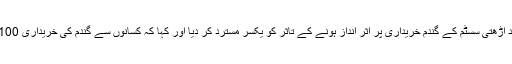
انہوں نے ٹائوٹ مافیا اور نام نہاد آڑھتی سسٹم کے گندم خریداری پر اثر انداز ہونے کے تاثر کو یکسر مسترد کر دیا اور کہا کہ کسانوں سے گندم کی خریداری 100فیصد میرٹ پر کی جارہی ہے ۔